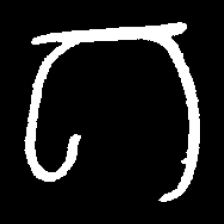
Pyu character \u2014 Myanmar letter: ဂ (romanized: ga)